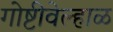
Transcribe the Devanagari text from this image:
गोष्टीवेल्हाळ